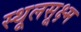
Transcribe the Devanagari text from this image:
स्थूलसूक्ष्म